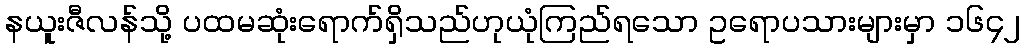
နယူးဇီလန်သို့ ပထမဆုံးရောက်ရှိသည်ဟုယုံကြည်ရသော ဥရောပသားများမှာ ၁၆၄၂